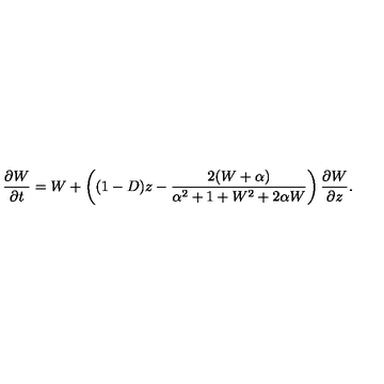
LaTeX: \frac { \partial W } { \partial t } = W + \left( ( 1 - D ) z - \frac { 2 ( W + \alpha ) } { \alpha ^ { 2 } + 1 + W ^ { 2 } + 2 \alpha W } \right) \frac { \partial W } { \partial z } .